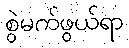
စွဲမက်ဖွယ်ရာ